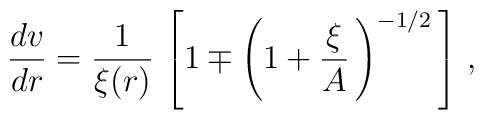
\frac{dv}{dr} = \frac{1}{\xi (r)} \, \left[ 1 \mp  \left( 1 + \frac{\xi}{A}\, \right)^{-1/2} \, \right]\,,